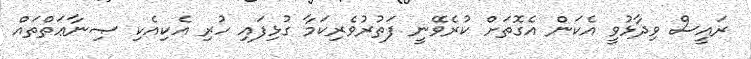
ރައީސް ވިދާޅުވީ އެކަން އެގޮތަށް ކުރެވޭނީ ފަތުރުވެރިކަމާ ގުޅިފައި ހުރި އެކިއެކި ޞިނާޢަތްތައް